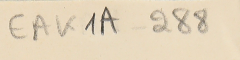
EAK1A - 288